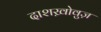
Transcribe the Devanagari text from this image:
दाशख़ोवुज़